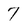
Character: 7